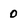
Character: 0